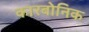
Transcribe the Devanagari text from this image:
कारबोनिक